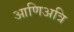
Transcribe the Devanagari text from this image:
आणिअत्रि